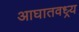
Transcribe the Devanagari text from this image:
आघातवध्र्य